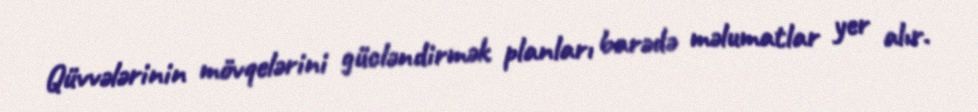
Qüvvələrinin mövqelərini gücləndirmək planları barədə məlumatlar yer alır.